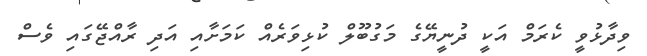
ވިދާޅުވީ ކެރަމް އަކީ ދުނީޔޭގެ މަގުބޫލް ކުޅިވަރެއް ކަމަށާއި އަދި ރާއްޖޭގައި ވެސް